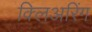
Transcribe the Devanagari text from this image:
क्लिअरिंग